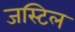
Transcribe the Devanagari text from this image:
जस्टिल